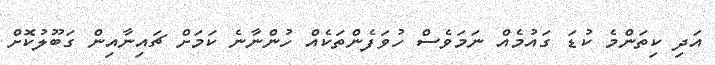
އަދި ކިތަންމެ ކުޑަ ގައުމެއް ނަމަވެސް ހުވަފެންތަކެއް ހުންނާނެ ކަމަށް ޗައިނާއިން ގަބޫލުކޮށް